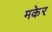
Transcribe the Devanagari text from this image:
मकेर